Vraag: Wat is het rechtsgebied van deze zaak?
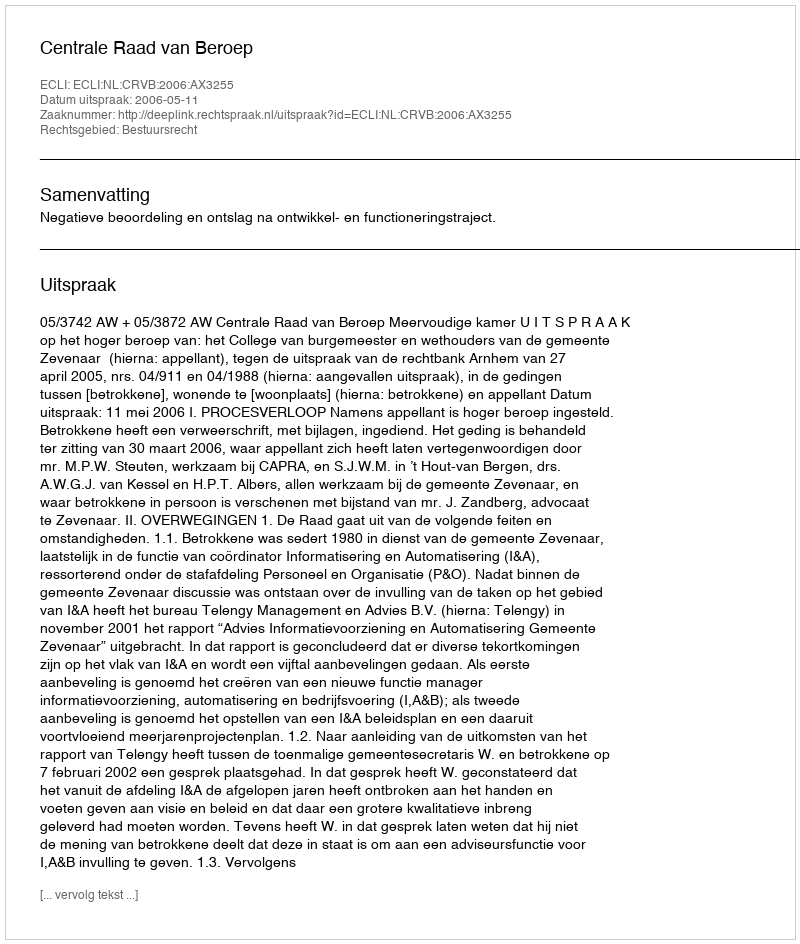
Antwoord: Bestuursrecht